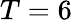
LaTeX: T=6